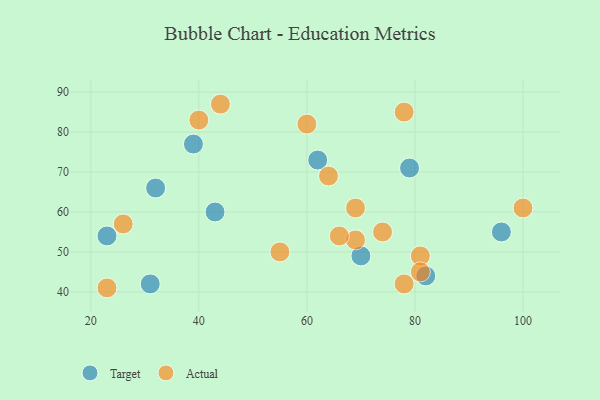
{"axis": {"x": "GDP", "y": "Life Expectancy"}, "legend": ["Actual", "Target"], "data": [{"x": "31", "y": 42, "type": "Target"}, {"x": "79", "y": 71, "type": "Target"}, {"x": "62", "y": 73, "type": "Target"}, {"x": "70", "y": 49, "type": "Target"}, {"x": "23", "y": 54, "type": "Target"}, {"x": "96", "y": 55, "type": "Target"}, {"x": "32", "y": 66, "type": "Target"}, {"x": "82", "y": 44, "type": "Target"}, {"x": "43", "y": 60, "type": "Target"}, {"x": "39", "y": 77, "type": "Target"}, {"x": "81", "y": 49, "type": "Actual"}, {"x": "60", "y": 82, "type": "Actual"}, {"x": "55", "y": 50, "type": "Actual"}, {"x": "74", "y": 55, "type": "Actual"}, {"x": "100", "y": 61, "type": "Actual"}, {"x": "23", "y": 41, "type": "Actual"}, {"x": "69", "y": 53, "type": "Actual"}, {"x": "40", "y": 83, "type": "Actual"}, {"x": "26", "y": 57, "type": "Actual"}, {"x": "78", "y": 85, "type": "Actual"}, {"x": "78", "y": 42, "type": "Actual"}, {"x": "66", "y": 54, "type": "Actual"}, {"x": "64", "y": 69, "type": "Actual"}, {"x": "81", "y": 45, "type": "Actual"}, {"x": "69", "y": 61, "type": "Actual"}, {"x": "44", "y": 87, "type": "Actual"}]}